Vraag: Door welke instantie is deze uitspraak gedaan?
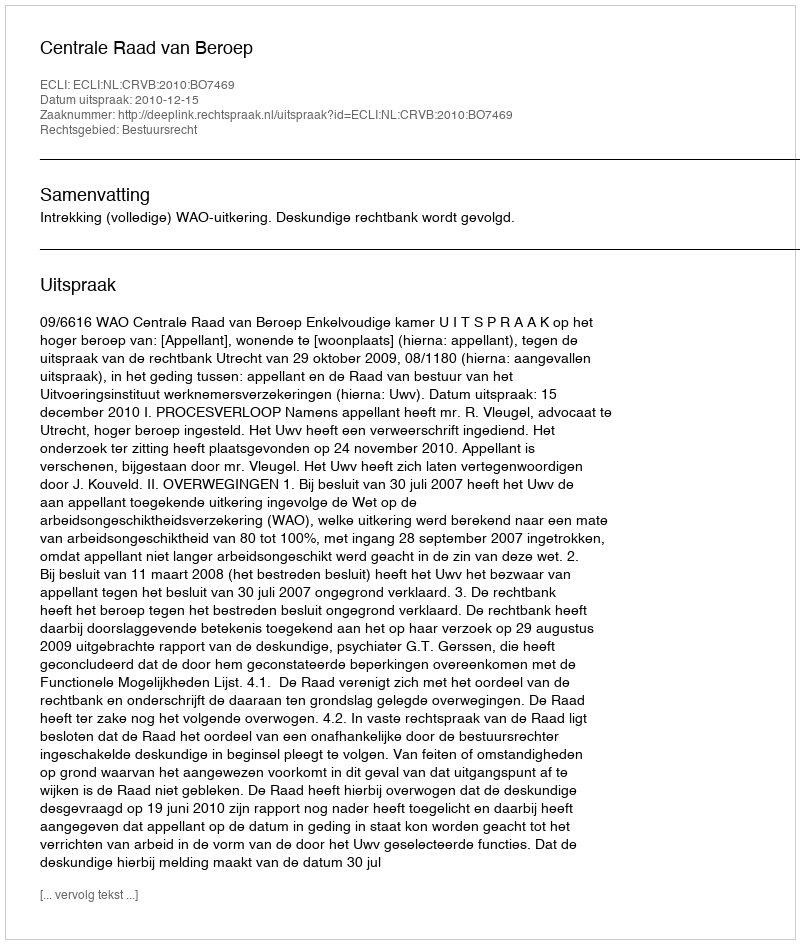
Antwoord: Centrale Raad van Beroep